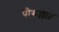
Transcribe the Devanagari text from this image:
पीरूल्लाह